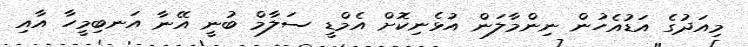
މިއަދުގެ އަޑުއެހުން ނިންމާލަން އުޅެނިކޮށް އެމްޑީ ސަލާމް ބުނީ އޭނާ އަނބިމީހާ އާއި